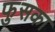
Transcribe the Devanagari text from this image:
फुसका